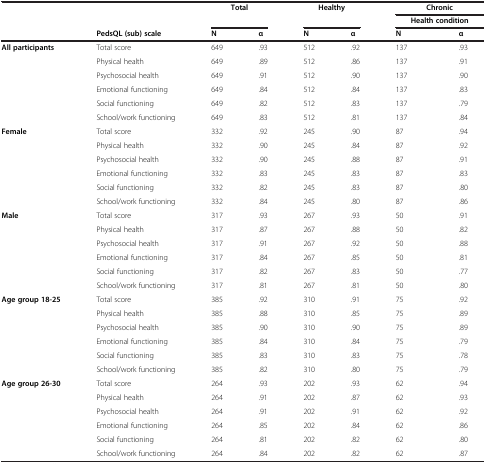
<table><thead><tr><td rowspan="3"><b> </b></td><td rowspan="2"><b> </b></td><td rowspan="2" colspan="2"><b>Total</b></td><td rowspan="2" colspan="2"><b>Healthy</b></td><td colspan="2"><b>Chronic</b></td></tr><tr><td colspan="2"><b>Health condition</b></td></tr><tr><td><b>PedsQL (sub) scale</b></td><td><b>N</b></td><td><b>α</b></td><td><b>N</b></td><td><b>α</b></td><td><b>N</b></td><td><b>α</b></td></tr></thead><tbody><tr><td rowspan="6"><b>All participants</b></td><td>Total score</td><td>649</td><td>.93</td><td>512</td><td>.92</td><td>137</td><td>.93</td></tr><tr><td>Physical health</td><td>649</td><td>.89</td><td>512</td><td>.86</td><td>137</td><td>.91</td></tr><tr><td>Psychosocial health</td><td>649</td><td>.91</td><td>512</td><td>.90</td><td>137</td><td>.90</td></tr><tr><td>Emotional functioning</td><td>649</td><td>.84</td><td>512</td><td>.84</td><td>137</td><td>.83</td></tr><tr><td>Social functioning</td><td>649</td><td>.82</td><td>512</td><td>.83</td><td>137</td><td>.79</td></tr><tr><td>School/work functioning</td><td>649</td><td>.83</td><td>512</td><td>.81</td><td>137</td><td>.84</td></tr><tr><td rowspan="6"><b>Female</b></td><td>Total score</td><td>332</td><td>.92</td><td>245</td><td>.90</td><td>87</td><td>.94</td></tr><tr><td>Physical health</td><td>332</td><td>.90</td><td>245</td><td>.84</td><td>87</td><td>.92</td></tr><tr><td>Psychosocial health</td><td>332</td><td>.90</td><td>245</td><td>.88</td><td>87</td><td>.91</td></tr><tr><td>Emotional functioning</td><td>332</td><td>.83</td><td>245</td><td>.83</td><td>87</td><td>.83</td></tr><tr><td>Social functioning</td><td>332</td><td>.82</td><td>245</td><td>.83</td><td>87</td><td>.80</td></tr><tr><td>School/work functioning</td><td>332</td><td>.84</td><td>245</td><td>.80</td><td>87</td><td>.86</td></tr><tr><td rowspan="6"><b>Male</b></td><td>Total score</td><td>317</td><td>.93</td><td>267</td><td>.93</td><td>50</td><td>.91</td></tr><tr><td>Physical health</td><td>317</td><td>.87</td><td>267</td><td>.88</td><td>50</td><td>.82</td></tr><tr><td>Psychosocial health</td><td>317</td><td>.91</td><td>267</td><td>.92</td><td>50</td><td>.88</td></tr><tr><td>Emotional functioning</td><td>317</td><td>.84</td><td>267</td><td>.85</td><td>50</td><td>.81</td></tr><tr><td>Social functioning</td><td>317</td><td>.82</td><td>267</td><td>.83</td><td>50</td><td>.77</td></tr><tr><td>School/work functioning</td><td>317</td><td>.81</td><td>267</td><td>.81</td><td>50</td><td>.80</td></tr><tr><td rowspan="6"><b>Age group 18-25</b></td><td>Total score</td><td>385</td><td>.92</td><td>310</td><td>.91</td><td>75</td><td>.92</td></tr><tr><td>Physical health</td><td>385</td><td>.88</td><td>310</td><td>.85</td><td>75</td><td>.89</td></tr><tr><td>Psychosocial health</td><td>385</td><td>.90</td><td>310</td><td>.90</td><td>75</td><td>.89</td></tr><tr><td>Emotional functioning</td><td>385</td><td>.84</td><td>310</td><td>.84</td><td>75</td><td>.79</td></tr><tr><td>Social functioning</td><td>385</td><td>.83</td><td>310</td><td>.83</td><td>75</td><td>.78</td></tr><tr><td>School/work functioning</td><td>385</td><td>.82</td><td>310</td><td>.80</td><td>75</td><td>.79</td></tr><tr><td rowspan="5"><b>Age group 26-30</b></td><td>Total score</td><td>264</td><td>.93</td><td>202</td><td>.93</td><td>62</td><td>.94</td></tr><tr><td>Physical health</td><td>264</td><td>.91</td><td>202</td><td>.87</td><td>62</td><td>.93</td></tr><tr><td>Psychosocial health</td><td>264</td><td>.91</td><td>202</td><td>.91</td><td>62</td><td>.92</td></tr><tr><td>Emotional functioning</td><td>264</td><td>.85</td><td>202</td><td>.84</td><td>62</td><td>.86</td></tr><tr><td>Social functioning</td><td>264</td><td>.81</td><td>202</td><td>.82</td><td>62</td><td>.80</td></tr><tr><td> </td><td>School/work functioning</td><td>264</td><td>.84</td><td>202</td><td>.82</td><td>62</td><td>.87</td></tr></tbody></table>